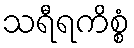
သရီရကိစ္စံ